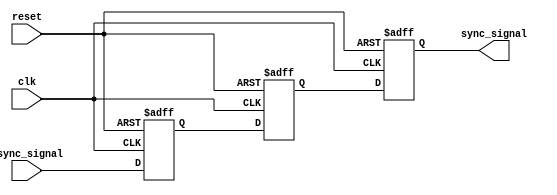
module triple_ff_synchronizer (
    input wire clk,              // Clock signal
    input wire async_signal,     // Asynchronous input signal
    input wire reset,            // Optional reset signal
    output reg sync_signal       // Synchronized output signal
);

    // Internal signals for the flip-flops
    reg sync_signal_1;
    reg sync_signal_2;

    // Always block for the flip-flops
    always @(posedge clk or posedge reset) begin
        if (reset) begin
            // Reset all flip-flops to a known state
            sync_signal <= 1'b0;
            sync_signal_1 <= 1'b0;
            sync_signal_2 <= 1'b0;
        end else begin
            // Capture the asynchronous signal in a synchronized manner
            sync_signal_1 <= async_signal;  // First flip-flop
            sync_signal_2 <= sync_signal_1;  // Second flip-flop
            sync_signal <= sync_signal_2;     // Third flip-flop
        end
    end

endmodule